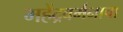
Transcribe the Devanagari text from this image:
महेंद्रवर्मनाचा